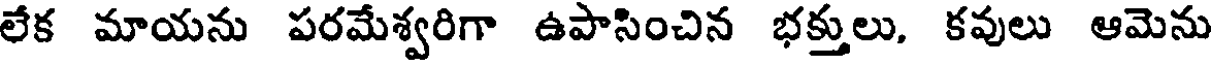
లేక మాయను పరమేశ్వరిగా ఉపాసించిన భక్తులు, కవులు ఆమెను